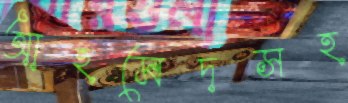
আহমেদসহ